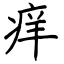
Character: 痒